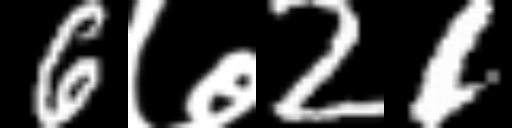
Text: 6७21